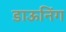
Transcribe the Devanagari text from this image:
डाऊनिंग